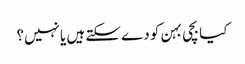
کیا بچی بہن کو دے سکتے ہیں یا نہیں؟